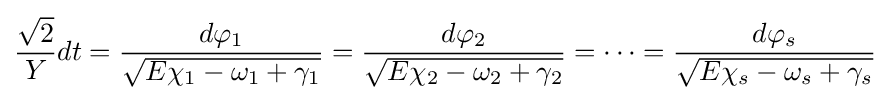
{\frac {\sqrt {2}}{Y}}dt={\frac {d\varphi _{1}}{\sqrt {E\chi _{1}-\omega _{1}+\gamma _{1}}}}={\frac {d\varphi _{2}}{\sqrt {E\chi _{2}-\omega _{2}+\gamma _{2}}}}=\cdots ={\frac {d\varphi _{s}}{\sqrt {E\chi _{s}-\omega _{s}+\gamma _{s}}}}